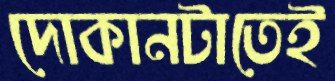
দোকানটাতেই